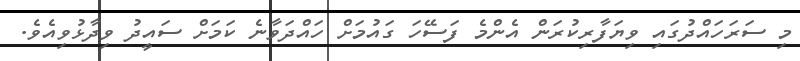
މި ސަރަހައްދުގައި ވިޔަފާރިކުރަން އެންމެ ފަސޭހަ ގައުމަށް ހައްދަވާނެ ކަމަށް ސައީދު ވިދާޅުވިއެވެ.